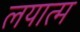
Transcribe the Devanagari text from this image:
लयात्म